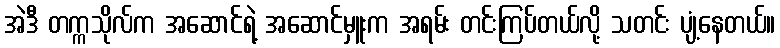
အဲဒီ တက္ကသိုလ်က အဆောင်ရဲ့ အဆောင်မှူးက အရမ်း တင်းကြပ်တယ်လို့ သတင်း ပျံ့နေတယ်။